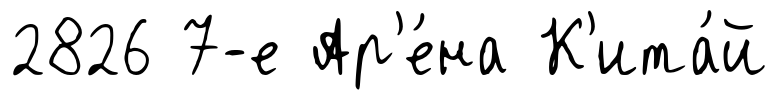
2826 7-е Ар'е́на К'ита́й